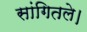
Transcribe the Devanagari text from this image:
सांगितले।